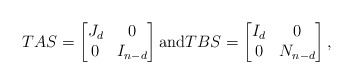
\begin{align*}TAS = \begin{bmatrix} J_d & 0 \\ 0 & I_{n-d}\end{bmatrix} {\rm and} TBS= \begin{bmatrix} I_d & 0 \\ 0 & N_{n-d}\end{bmatrix},\end{align*}